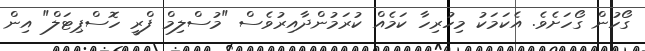
ގޯހުން ގޯހަށެވެ. އެކަމަކު މިހުރިހާ ކަމެއް ކުރަމުންދާއިރުވެސް "މުސްލިމް ފްރީ ހޮސްޕިޓަލް" އިން